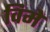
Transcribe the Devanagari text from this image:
विमे